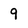
Character: 9